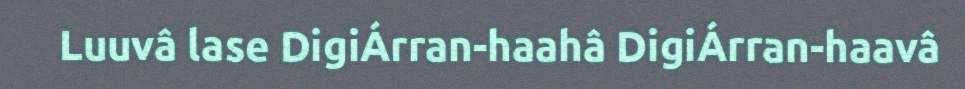
Luuvâ lase DigiÁrran-haahâ DigiÁrran-haavâ